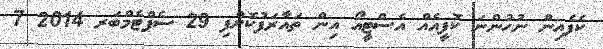
ކެފެއިން ނުހުންނަ ކޮފީއެއް އެސްޓީއޯ އިން ތައާރަފުކޮށްފި 29 ސެޕްޓެމްބަރ 2014 7